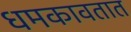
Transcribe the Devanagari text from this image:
धमकावतात